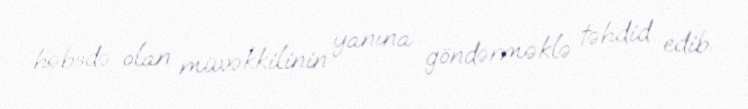
həbsdə olan müvəkkilinin yanına göndərməklə təhdid edib.